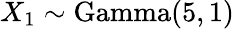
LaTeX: X_{1}\sim\mathrm{Gamma}(5,1)